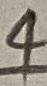
Text: 4